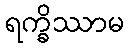
ရက္ခိဿာမ